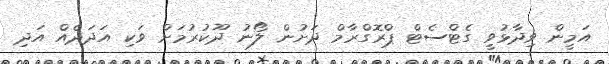
އަމީން ވިދާޅުވީ ގެޓްސެޓް ޕްރޮގްރާމް ދަށުން ލޯނު ދޫކުރުމަށް ވަކި އަދަދެއް އަދި